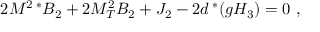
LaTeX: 2 M ^ { 2 \; * } B _ { 2 } + 2 M _ { T } ^ { 2 } B _ { 2 } + J _ { 2 } - 2 d ^ { \; * } ( g H _ { 3 } ) = 0 \ ,